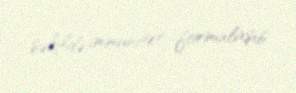
şəkildə immunitet formalaşıb.